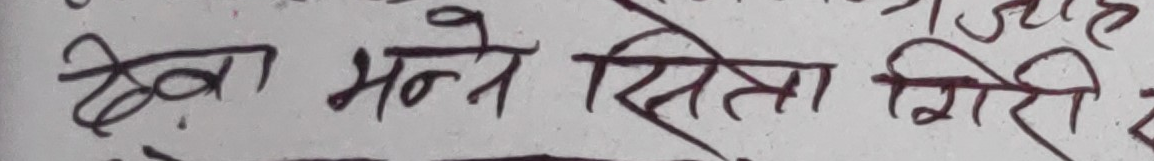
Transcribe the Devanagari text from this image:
देवा भन्ने सिता गिरि